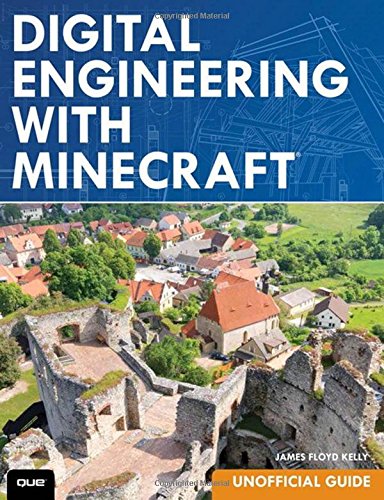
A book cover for Digital Engineering with Minecraft; James Floyd Kelly; Humor & Entertainment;